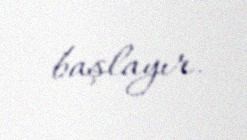
başlayır.